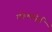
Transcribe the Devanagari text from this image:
वोफ्फोर्ड